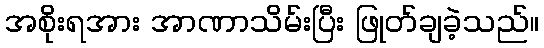
အစိုးရအား အာဏာသိမ်းပြီး ဖြုတ်ချခဲ့သည်။